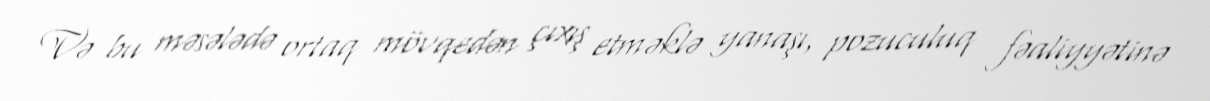
Və bu məsələdə ortaq mövqedən çıxış etməklə yanaşı, pozuculuq fəaliyyətinə